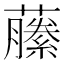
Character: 䕨